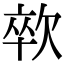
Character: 㰵